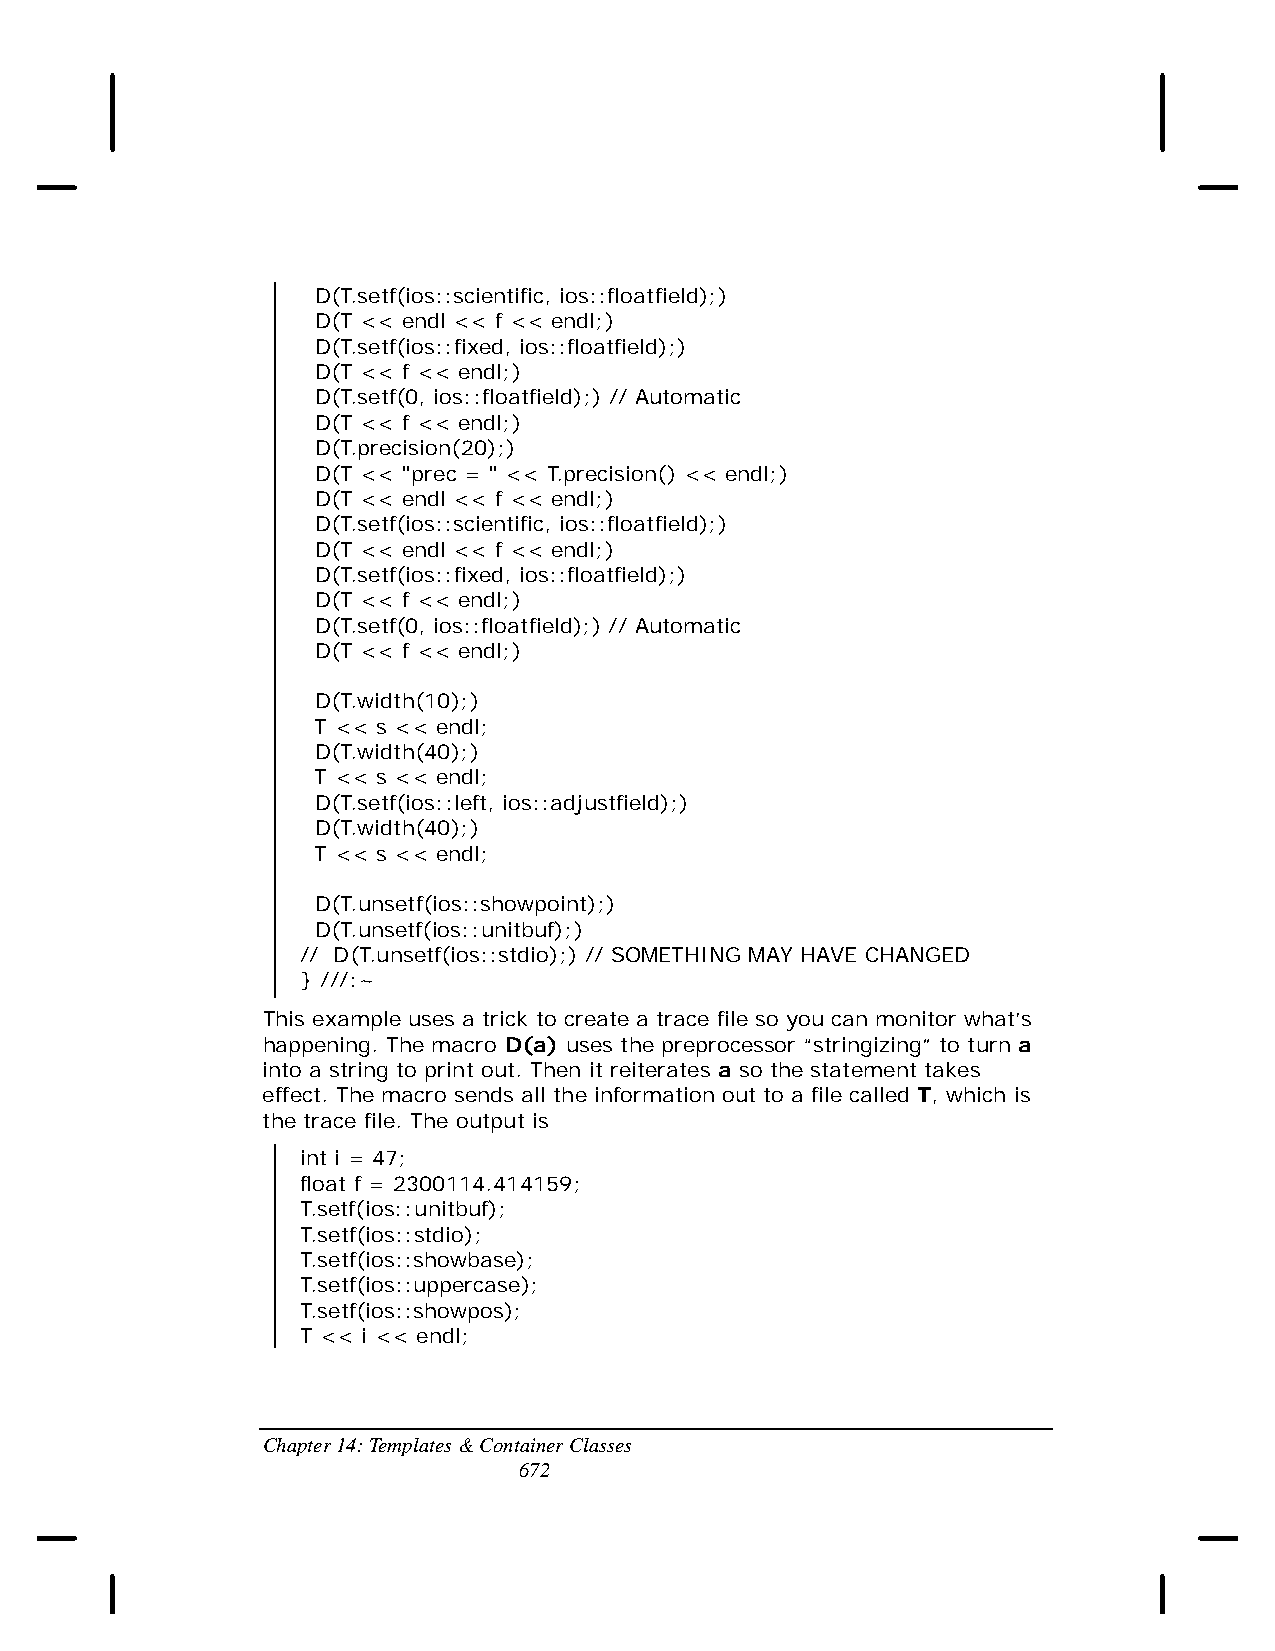
D(T.setf(ios::scientific, ios::floatfield);)
 D(T << endl << f << endl;)
 D(T.setf(ios::fixed, ios::floatfield);)
 D(T << f << endl;)
 D(T.setf(0, ios::floatfield);) // Automatic
 D(T << f << endl;)
 D(T.precision(20);)
 D(T << "prec = " << T.precision() << endl;)
 D(T << endl << f << endl;)
 D(T.setf(ios::scientific, ios::floatfield);)
 D(T << endl << f << endl;)
 D(T.setf(ios::fixed, ios::floatfield);)
 D(T << f << endl;)
 D(T.setf(0, ios::floatfield);) // Automatic
 D(T << f << endl;)
 D(T.width(10);)
 T << s << endl;
 D(T.width(40);)
 T << s << endl;
 D(T.setf(ios::left, ios::adjustfield);)
 D(T.width(40);)
 T << s << endl;
 D(T.unsetf(ios::showpoint);)
 D(T.unsetf(ios::unitbuf);)
 // D(T.unsetf(ios::stdio);) // SOMETHING MAY HAVE CHANGED
 } ///:~
 This example uses a trick to create a trace file so you can monitor what’s
 happening. The macro D(a) uses the preprocessor “stringizing” to turn a
 into a string to print out. Then it reiterates a so the statement takes
 effect. The macro sends all the information out to a file called T, which is
 the trace file. The output is
 int i = 47;
 float f = 2300114.414159;
 T.setf(ios::unitbuf);
 T.setf(ios::stdio);
 T.setf(ios::showbase);
 T.setf(ios::uppercase);
 T.setf(ios::showpos);
 T << i << endl;
 Chapter 14: Templates & Container Classes
 672